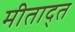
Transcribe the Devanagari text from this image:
मीताद्त